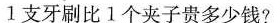
1支牙刷比1个夹子贵多少钱?